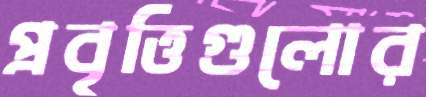
প্রবৃত্তিগুলোর